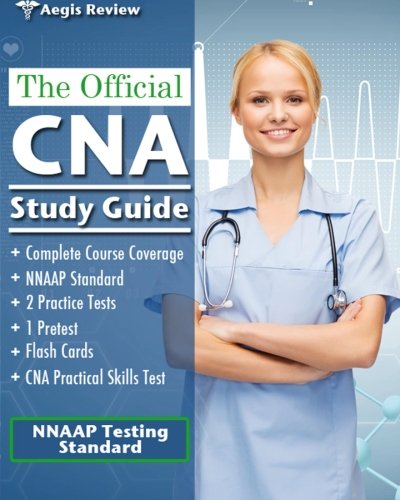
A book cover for The Official CNA Study Guide: A Complete Guide to the CNA Exam with Pretest, Practice Tests and Flash Cards for the NNAAP Standard; Deborah Clark; Medical Books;